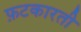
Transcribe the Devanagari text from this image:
फ़टकारती